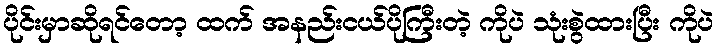
ပိုင်းမှာဆိုရင်တော့ ထက် အနည်းငယ်ပိုကြီးတဲ့ ကိုပဲ သုံးစွဲထားပြီး ကိုပဲ